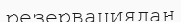
резервациядан